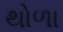
થોળા